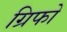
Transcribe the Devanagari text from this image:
ग्रिफो